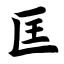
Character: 匡